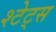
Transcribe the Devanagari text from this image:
श्टेट्स